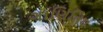
ગાણિતિય